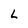
Character: L